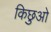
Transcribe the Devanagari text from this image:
किछुओ